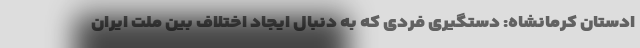
ادستان کرمانشاه: دستگیری فردی که به دنبال ایجاد اختلاف بین ملت ایران